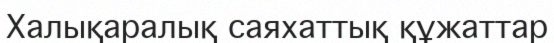
Халықаралық саяхаттық құжаттар